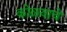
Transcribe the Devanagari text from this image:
कोळयाचे